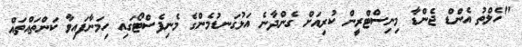
"ހެލްތު އެންޑް ޖެންޑާ މިނިސްޓްރީން ކުރިއަށް ގެންދާނެ އަޅުގަނޑުމެންގެ މެނިފެސްޓޯގައި ހިމަނާފައިވާ ކަންތައްތައް